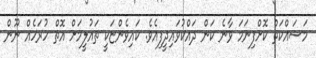
މަސައްކަތް ކޮށްފިނަމަ ވާނެ ކަން ދައްކުވައިދީފިއެވެ. ކައިވެންޏަކީ ތައުލީމަށް އޮތް ހުރަހެއް ނޫން